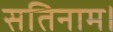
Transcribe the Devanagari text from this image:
सतिनाम।